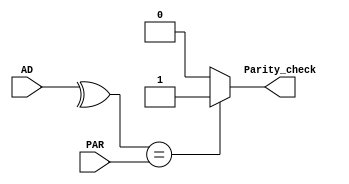
`timescale 1ns / 1ps

module parity_checker(
    input [31:0] AD,
    input PAR,
    output Parity_check
    );
	wire par_bit;
	assign  par_bit = ^AD;
	assign Parity_check = (par_bit == PAR) ? 1'b1 : 1'b0;

endmodule